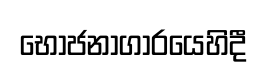
භෝජනාගාරයෙහිදී